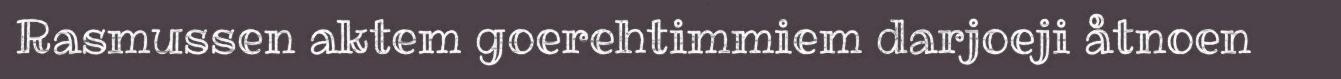
Rasmussen aktem goerehtimmiem darjoeji åtnoen